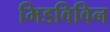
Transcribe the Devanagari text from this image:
मिडविविन